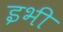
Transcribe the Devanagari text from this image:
इभी